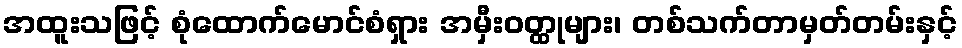
အထူးသဖြင့် စုံထောက်မောင်စံရှား အမှီးဝတ္ထုများ၊ တစ်သက်တာမှတ်တမ်းနှင့်